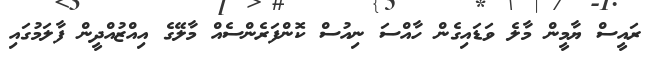
ރައީސް ޔާމީން މާލެ ވަޑައިގެން ހާއްސަ ނިއުސް ކޮންފަރެންސެއް މާލޭގެ އިއްޒުއްދީން ފާލަމުގައި